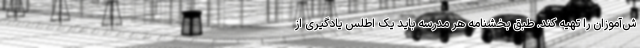
ش‌آموزان را تهیه کند. طبق بخشنامه هر مدرسه باید یک اطلس یادگیری از